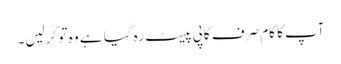
آپ کا کام صرف کاپی پیسٹ رہ گیا ہے وہ تو کر لیں۔